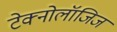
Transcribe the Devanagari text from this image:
टेक्नोलॉजिज